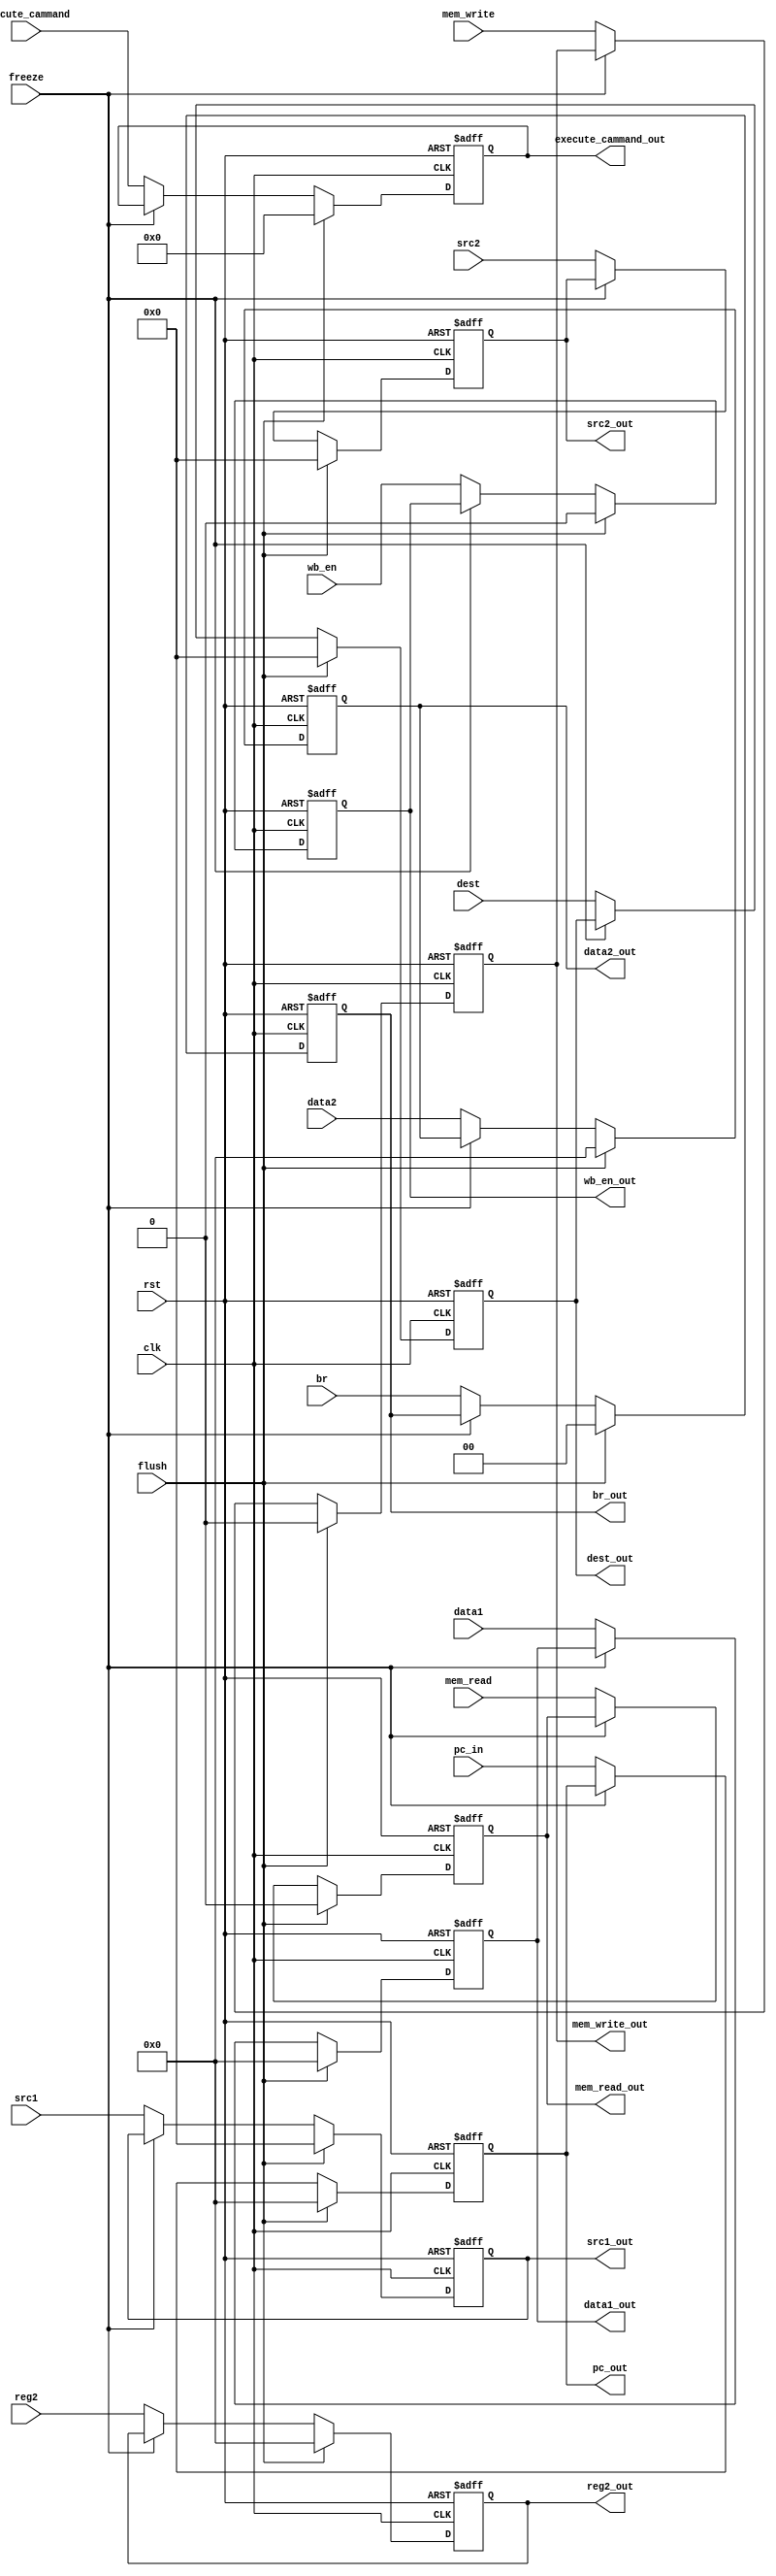
module ID_EXE_REG(
	input clk,
	input rst, 
	input [31:0] pc_in,
	input wb_en,
	input mem_read,
	input mem_write,
	input [1:0] br,
	input [3:0] execute_cammand,
	input [31:0] data1,
	input [31:0] data2,
	input [31:0] reg2,
	input [4:0] dest,
	input flush,
	input [4:0] src1,
	input [4:0] src2,
	input freeze,
	output reg [31:0] pc_out,
	output reg wb_en_out,
	output reg mem_read_out,
	output reg mem_write_out,
	output reg [1:0] br_out,
	output reg [3:0] execute_cammand_out,
	output reg [31:0] data1_out,
	output reg [31:0] data2_out,
	output reg [31:0] reg2_out,
	output reg [4:0] dest_out,
	output reg [4:0] src1_out,
	output reg [4:0] src2_out
);

	always@(posedge clk, posedge rst) begin
		if(rst) begin
			pc_out <= 32'b0;
			wb_en_out <= 1'b0;
			mem_read_out <= 1'b0;
			mem_write_out <= 1'b0;
			br_out <= 2'b0;
			execute_cammand_out <= 4'b0;
			data1_out <= 32'b0;
			data2_out <= 32'b0;
			reg2_out <= 32'b0;
			dest_out <= 5'b0;
			src1_out <= 5'b0;
			src2_out <= 5'b0;
		end
		else if(flush) begin
			pc_out <= 32'b0;
			wb_en_out <= 1'b0;
			mem_read_out <= 1'b0;
			mem_write_out <= 1'b0;
			br_out <= 2'b0;
			execute_cammand_out <= 4'b0;
			data1_out <= 32'b0;
			data2_out <= 32'b0;
			reg2_out <= 32'b0;
			dest_out <= 5'b0;
			src1_out <= 5'b0;
			src2_out <= 5'b0;
		end
		else if(freeze == 1'b0) begin
			pc_out <= pc_in;
			wb_en_out <= wb_en;
			mem_read_out <= mem_read;
			mem_write_out <= mem_write;
			br_out <= br;
			execute_cammand_out <= execute_cammand;
			data1_out <= data1;
			data2_out <= data2;
			reg2_out <= reg2;
			dest_out <= dest;
			src1_out <= src1;
			src2_out <= src2;
		end
	end

endmodule